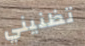
تظنيني